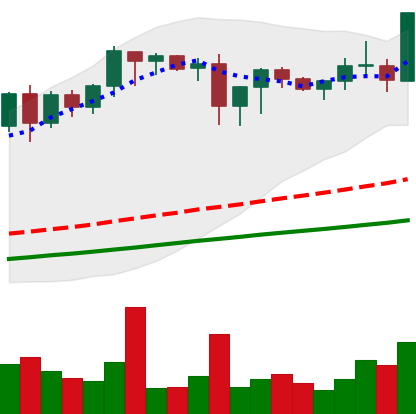
Ticker: XMR-USD
Chart end date: 2020-08-20
Forward return: -12.321%
Label: down_7plus